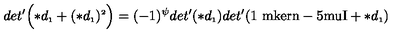
d e t ^ { \prime } \Bigl ( \ast d _ { \scriptscriptstyle 1 } + ( \ast d _ { \scriptscriptstyle 1 } ) ^ { \scriptscriptstyle 2 } \Bigr ) = ( - 1 ) ^ { \psi } d e t ^ { \prime } ( \ast d _ { \scriptscriptstyle 1 } ) d e t ^ { \prime } ( \mathrm { 1 \ m k e r n - 5 m u I } + \ast d _ { \scriptscriptstyle 1 } )